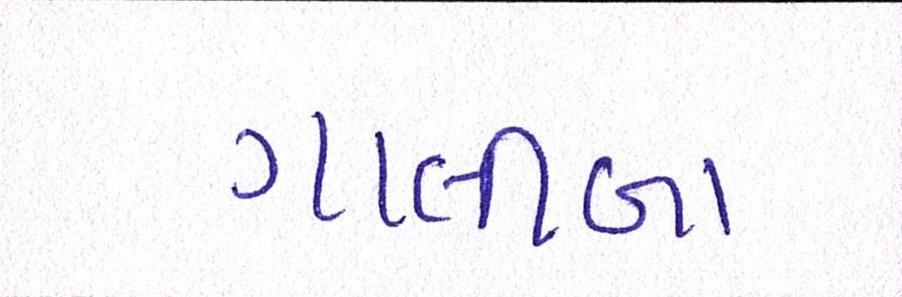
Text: ગાલીબા